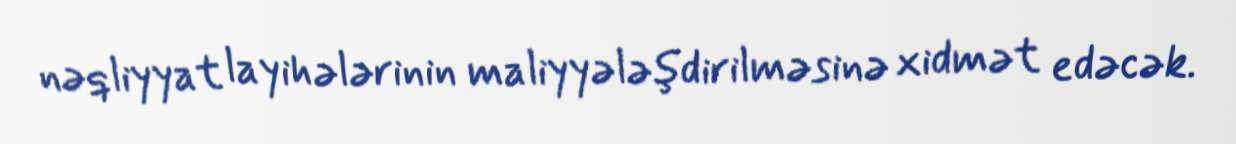
nəqliyyat layihələrinin maliyyələşdirilməsinə xidmət edəcək.